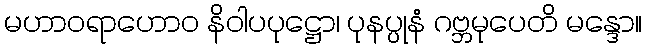
မဟာဝရာဟောဝ နိဝါပပုဋ္ဌော၊ ပုနပ္ပုနံ ဂဗ္ဘမုပေတိ မန္ဒော။